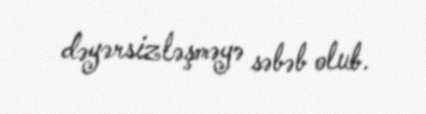
dəyərsizləşməyə səbəb olub.